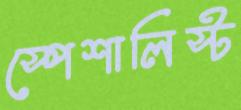
স্পেশালিস্ট